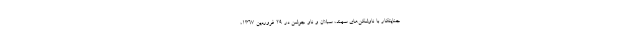
جنایتکار با ناوشکن‌های سهند، سبلان و ناو جوشن در ۲۹ فروردین ۱۳۶۷،